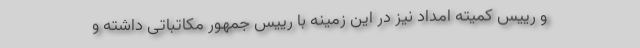
و رییس کمیته امداد نیز در این زمینه با رییس جمهور مکاتباتی داشته و